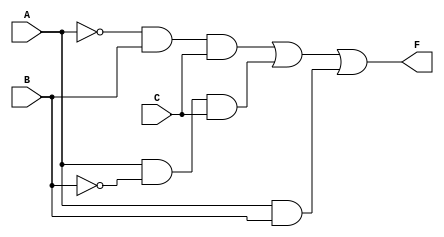
module MajorityMod(A, B, C, F);
   input A, B, C;
   output F;
   wire InvA, InvB, Out1, Out2, Out3;

   not(InvA, A);
   not(InvB, B);
   and(Out1, InvA,    B,    C);
   and(Out2,    A, InvB,    C);
   and(Out3,    A,    B);
   or(F, Out1, Out2, Out3);
endmodule